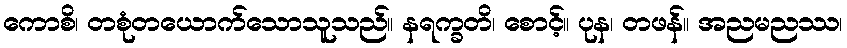
ကောစိ၊ တစုံတယောက်သောသူသည်။ နရက္ခတိ၊ စောင့်။ ပုန၊ တဖန်။ အညမညဿ၊